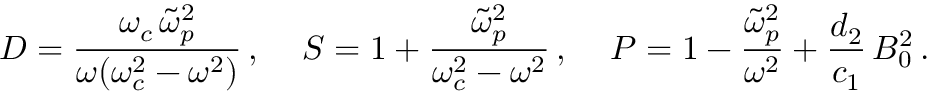
{ \cal D } = \frac { \omega _ { c } \, \widetilde { \omega } _ { p } ^ { 2 } } { \omega ( \omega _ { c } ^ { 2 } - \omega ^ { 2 } ) } \, , \, \quad { \cal S } = 1 + \frac { \widetilde { \omega } _ { p } ^ { 2 } } { \omega _ { c } ^ { 2 } - \omega ^ { 2 } } \, , \, \quad { \cal P } = 1 - \frac { \widetilde { \omega } _ { p } ^ { 2 } } { \omega ^ { 2 } } + \frac { d _ { 2 } } { c _ { 1 } } \, B _ { 0 } ^ { 2 } \, .